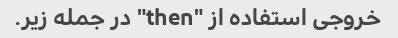
خروجی استفاده از "then" در جمله زیر.